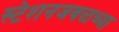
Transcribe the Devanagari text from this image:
स्टेशनजवळच्या